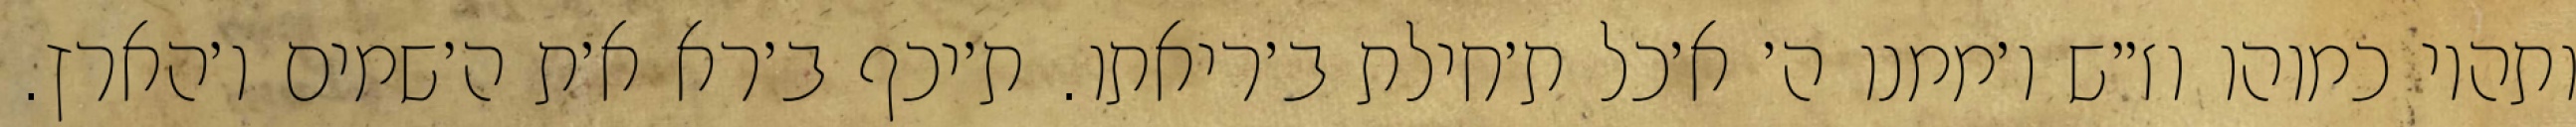
ותהיו כמוהו וז״ש ו׳ממנו ה׳ א׳כל ת׳חילת ב׳ריאתו. ת׳יכף ב׳רא א׳ת ה׳שמים ו׳הארץ.